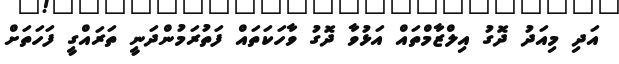
އަދި މިއަދު ދޮގު އިލްޒާމްތައް އަޅުވާ ދޮގު ވާހަކަތައް ފަތުރަމުންދަނީ ތަރައްގީ ފަހަތަށް